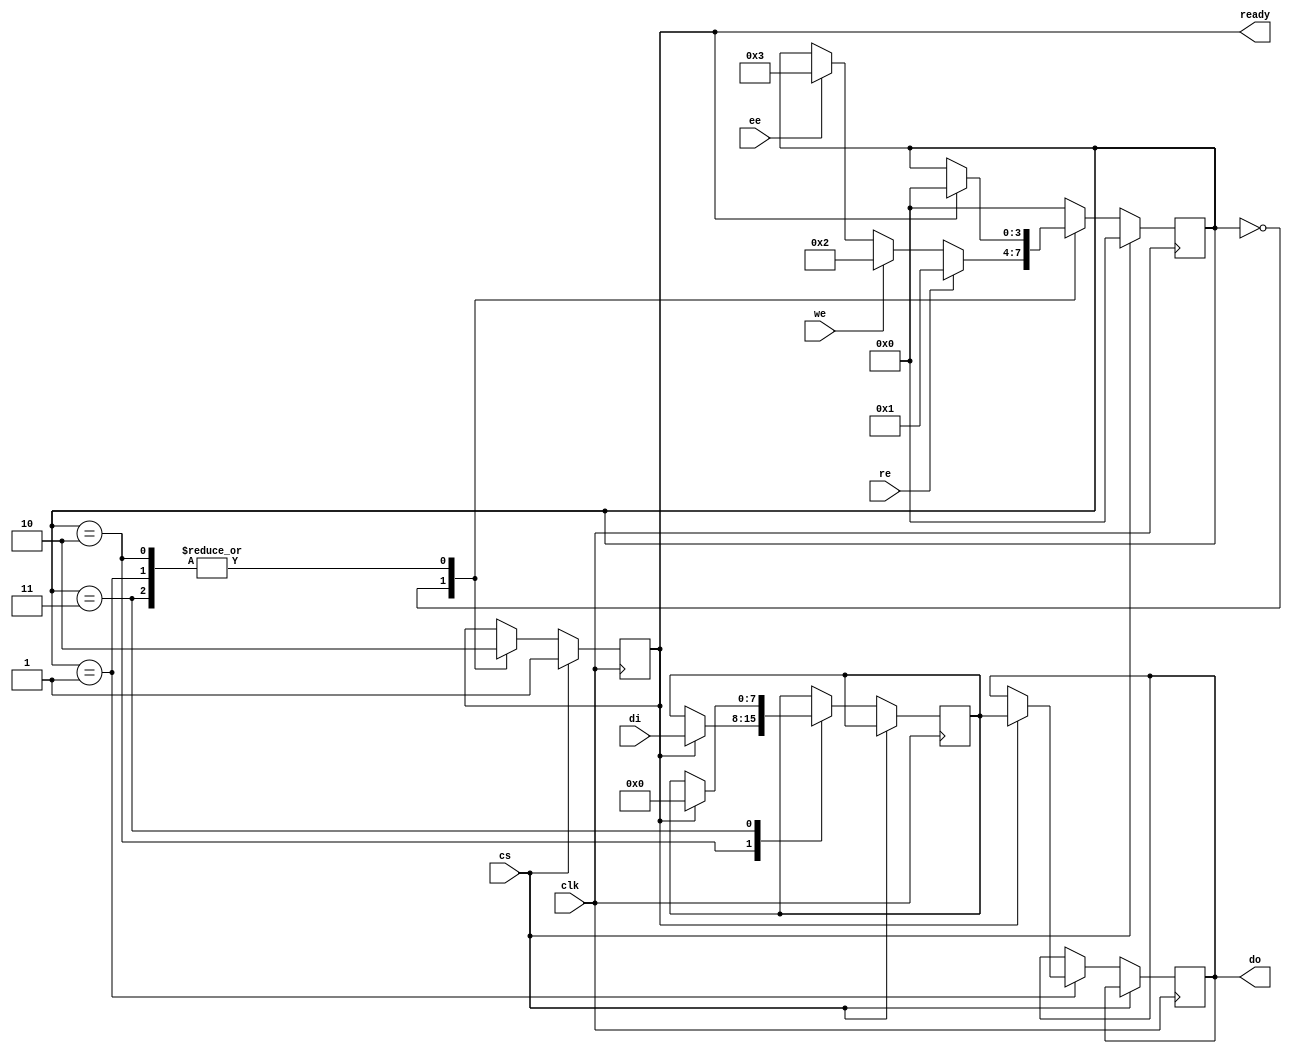
module PCM_IO_Block (
    input wire clk,         // Clock signal
    input wire cs,         // Chip Select
    input wire re,         // Read Enable
    input wire we,         // Write Enable
    input wire ee,         // Erase Enable
    input wire [7:0] di,   // Data Input
    output reg [7:0] do,   // Data Output
    output reg ready       // Ready signal
);

    // Internal Registers
    reg [7:0] memory_cell;  // Represents the PCM cell
    reg [3:0] state;        // State of the state machine
    reg [7:0] latch;        // Data latch for read/write operations

    // State Encoding
    localparam IDLE      = 4'b0000;
    localparam READ      = 4'b0001;
    localparam WRITE     = 4'b0010;
    localparam ERASE     = 4'b0011;

    // State Machine
    always @(posedge clk) begin
        if (!cs) begin // Chip is selected
            case (state)
                IDLE: begin
                    ready <= 1; // Indicate ready state
                    if (re) begin
                        state <= READ;
                    end else if (we) begin
                        state <= WRITE;
                    end else if (ee) begin
                        state <= ERASE;
                    end
                end
                
                READ: begin
                    if (ready) begin
                        do <= memory_cell; // Read data from memory cell
                        ready <= 0; // Not ready until operation completes
                        state <= IDLE; // Return to idle after read
                    end
                end
                
                WRITE: begin
                    if (ready) begin
                        memory_cell <= di; // Write data to memory cell
                        ready <= 0; // Not ready until operation completes
                        state <= IDLE; // Return to idle after write
                    end
                end
                
                ERASE: begin
                    if (ready) begin
                        memory_cell <= 8'b00000000; // Erase data (reset to default state)
                        ready <= 0; // Not ready until operation completes
                        state <= IDLE; // Return to idle after erase
                    end
                end
                
                default: state <= IDLE; // Default to idle state
            endcase
        end else begin
            // Reset state when chip is deselected
            state <= IDLE;
            ready <= 1;
        end
    end

    // Power Management and other features can be added here

endmodule